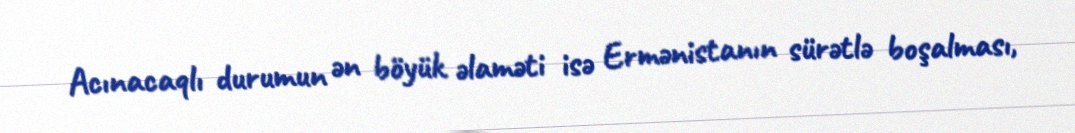
Acınacaqlı durumun ən böyük əlaməti isə Ermənistanın sürətlə boşalması,